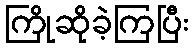
ကြိုဆိုခဲ့ကြပြီး